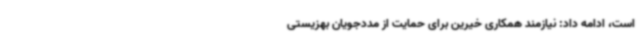
است، ادامه داد: نیازمند همکاری خیرین برای حمایت از مددجویان بهزیستی